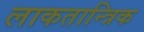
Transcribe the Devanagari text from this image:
लाकतान्त्रिक